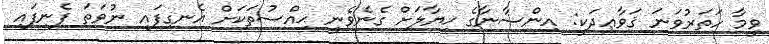
ވީމާ ހަތަރުވަނަ ޤަވާޢިދަކީ: އިންސާނާގެ ޚިޔާލަށް ގެނެވެނީ ޙިއްސުތަކަށް އެނގިފައި ނުވަތަ ފެނިފައި